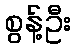
စွန့်ဦး